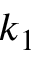
k _ { 1 }